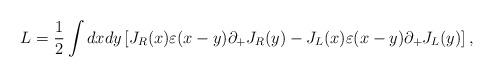
LaTeX: \begin{align*}L=\frac{1}{2}\int dxdy\left[ J_{R}(x)\varepsilon (x-y)\partial_{+}J_{R}(y)-J_{L}(x)\varepsilon (x-y)\partial _{+}J_{L}(y)\right],\end{align*}